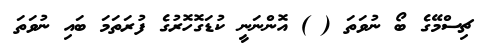
ޗިސްމޭގެ ބޯ ނުވަތަ ( ) އޮންނަނީ ކުޑަގޮހޮރުގެ ފުރަތަމަ ބައި ނުވަތަ